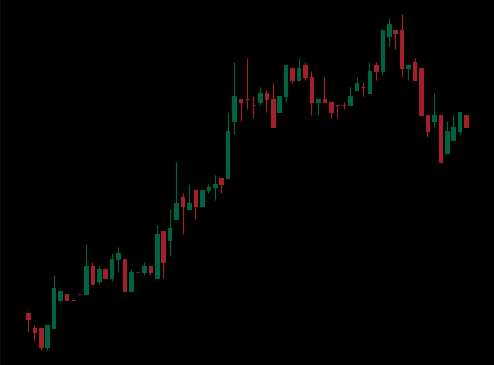
Pattern: bear_flag